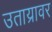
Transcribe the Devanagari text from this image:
उताय्रावर